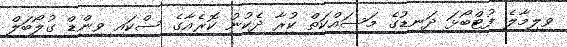
ވިލިމާލެ ފުޓްބޯޅަ ދަނޑުގެ މަސައްކަތް ކުރާ ދެކުނު ކޮރެއާގެ ސްކައި ވިންޑް ގުލޯބަލް